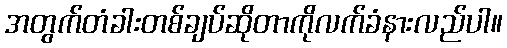
အတွက်တံခါးတစ်ချပ်ဆိုတာကိုလက်ခံနားလည်ပါ။